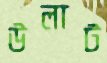
উলাট